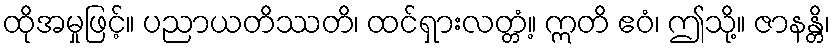
ထိုအမှုဖြင့်။ ပညာယတိဿတိ၊ ထင်ရှားလတ္တံ့။ ဣတိ ဧဝံ၊ ဤသို့။ ဇာနန္တိ၊